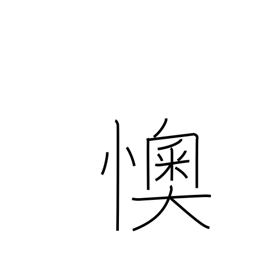
Meaning: provoking